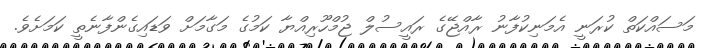
މަސައްކަތް ކުރަނީ އެމަނިކުފާނު ރާއްޖޭގެ ރައީސުލް ޖުމްހޫރިއްޔާ ކަމުގެ މަގާމަށް ވަޑައިގެންފާނެތީ ކަމަށެވެ.